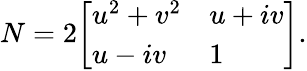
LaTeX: N=2{\left[\begin{array}{ll}{u^{2}+v^{2}}&{u+iv}\\ {u-iv}&{1}\end{array}\right]}.